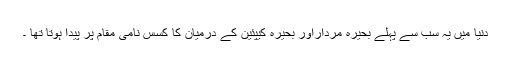
دنیا میں یہ سب سے پہلے بحیرہ مرداراور بحیرہ کیپئین کے درمیان کا کسس نامی مقام پر پیدا ہوتا تھا ۔